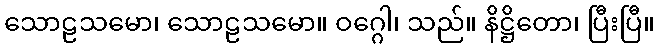
သောဠသမော၊ သောဠသမော။ ဝဂ္ဂေါ၊ သည်။ နိဋ္ဌိတော၊ ပြီးပြီ။